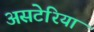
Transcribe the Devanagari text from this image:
असटेरिया